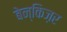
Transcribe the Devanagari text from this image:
बेन्किज़र